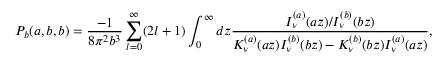
P _ { b } ( a , b , b ) = \frac { - 1 } { 8 \pi ^ { 2 } b ^ { 3 } } \sum _ { l = 0 } ^ { \infty } ( 2 l + 1 ) \int _ { 0 } ^ { \infty } d z \frac { I _ { \nu } ^ { ( a ) } ( a z ) / I _ { \nu } ^ { ( b ) } ( b z ) } { K _ { \nu } ^ { ( a ) } ( a z ) I _ { \nu } ^ { ( b ) } ( b z ) - K _ { \nu } ^ { ( b ) } ( b z ) I _ { \nu } ^ { ( a ) } ( a z ) } ,